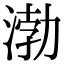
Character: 渤